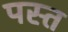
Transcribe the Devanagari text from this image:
पस्‍त